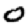
Digit: 0